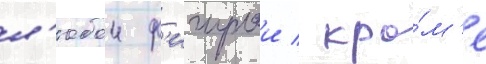
л'юбои ф'игурои / кро́м'е